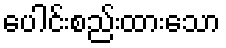
ပေါင်းစည်းထားသော